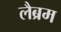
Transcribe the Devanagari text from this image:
लैब्रम